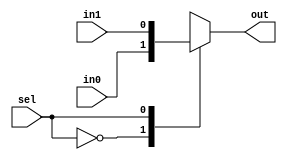
//========================================================================
// Different Mux modules
//========================================================================

`ifndef MUXES_V
`define MUXES_V

//------------------------------------------------------------------------
// 2-Input Mux
//------------------------------------------------------------------------

module Mux2
#(
    parameter nbits = 1
 )
(
  input      [nbits-1:0] in0,
  input      [nbits-1:0] in1,
  input                  sel,
  output reg [nbits-1:0] out
);

  always @( * ) begin
    case( sel )
      1'b0: out = in0;
      1'b1: out = in1;
      default: out = { nbits{1'bx} };
    endcase
  end
  
endmodule

//------------------------------------------------------------------------
// 3-Input Mux
//------------------------------------------------------------------------

module Mux3
#(
    parameter nbits = 1
 )
(
  input      [nbits-1:0] in0,
  input      [nbits-1:0] in1,
  input      [nbits-1:0] in2,
  input            [1:0] sel,
  output reg [nbits-1:0] out
);

  always @( * ) begin
    case( sel )
      2'b00: out = in0;
      2'b01: out = in1;
      2'b10: out = in2;
      default: out = { nbits{1'bx} };
    endcase
  end
  
endmodule

//------------------------------------------------------------------------
// 4-Input Mux
//------------------------------------------------------------------------

module Mux4
#(
    parameter nbits = 1
 )
(
  input      [nbits-1:0] in0,
  input      [nbits-1:0] in1,
  input      [nbits-1:0] in2,
  input      [nbits-1:0] in3,
  input            [1:0] sel,
  output reg [nbits-1:0] out
);

  always @( * ) begin
    case( sel )
      2'b00: out = in0;
      2'b01: out = in1;
      2'b10: out = in2;
      2'b11: out = in3;
      default: out = { nbits{1'bx} };
    endcase
  end
  
endmodule

`endif /* MUXES_V */